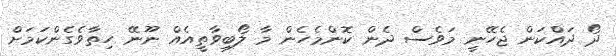
ދޯ ދައްކަން ޖެހޭނީ މަވެސް ދެން ކޮންމެހެން މާ ލޯބިވާތީއެއް ނޫނޭ ހިތާވެގެންކަމަށް